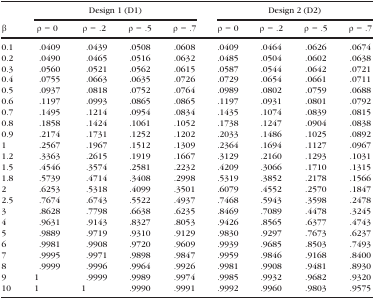
<table><thead><tr><td rowspan="2"><b>β</b></td><td colspan="4"><b>Design 1 (D1)</b></td><td colspan="4"><b>Design 2 (D2)</b></td></tr><tr><td><b>ρ = 0</b></td><td><b>ρ = .2</b></td><td><b>ρ = .5</b></td><td><b>ρ = .7</b></td><td><b>ρ = 0</b></td><td><b>ρ = .2</b></td><td><b>ρ = .5</b></td><td><b>ρ = .7</b></td></tr></thead><tbody><tr><td>0.1</td><td>.0409</td><td>.0439</td><td>.0508</td><td>.0608</td><td>.0409</td><td>.0464</td><td>.0626</td><td>.0674</td></tr><tr><td>0.2</td><td>.0490</td><td>.0465</td><td>.0516</td><td>.0632</td><td>.0485</td><td>.0504</td><td>.0602</td><td>.0638</td></tr><tr><td>0.3</td><td>.0560</td><td>.0521</td><td>.0562</td><td>.0615</td><td>.0587</td><td>.0544</td><td>.0642</td><td>.0721</td></tr><tr><td>0.4</td><td>.0755</td><td>.0663</td><td>.0635</td><td>.0726</td><td>.0729</td><td>.0654</td><td>.0661</td><td>.0711</td></tr><tr><td>0.5</td><td>.0937</td><td>.0818</td><td>.0752</td><td>.0764</td><td>.0989</td><td>.0802</td><td>.0759</td><td>.0688</td></tr><tr><td>0.6</td><td>.1197</td><td>.0993</td><td>.0865</td><td>.0865</td><td>.1197</td><td>.0931</td><td>.0801</td><td>.0792</td></tr><tr><td>0.7</td><td>.1495</td><td>.1214</td><td>.0954</td><td>.0834</td><td>.1435</td><td>.1074</td><td>.0839</td><td>.0815</td></tr><tr><td>0.8</td><td>.1858</td><td>.1424</td><td>.1061</td><td>.1052</td><td>.1738</td><td>.1247</td><td>.0904</td><td>.0838</td></tr><tr><td>0.9</td><td>.2174</td><td>.1731</td><td>.1252</td><td>.1202</td><td>.2033</td><td>.1486</td><td>.1025</td><td>.0892</td></tr><tr><td>1</td><td>.2567</td><td>.1967</td><td>.1512</td><td>.1309</td><td>.2364</td><td>.1694</td><td>.1127</td><td>.0967</td></tr><tr><td>1.2</td><td>.3363</td><td>.2615</td><td>.1919</td><td>.1667</td><td>.3129</td><td>.2160</td><td>.1293</td><td>.1031</td></tr><tr><td>1.5</td><td>.4546</td><td>.3574</td><td>.2581</td><td>.2232</td><td>.4209</td><td>.3066</td><td>.1710</td><td>.1315</td></tr><tr><td>1.8</td><td>.5739</td><td>.4714</td><td>.3408</td><td>.2998</td><td>.5319</td><td>.3852</td><td>.2178</td><td>.1566</td></tr><tr><td>2</td><td>.6253</td><td>.5318</td><td>.4099</td><td>.3501</td><td>.6079</td><td>.4552</td><td>.2570</td><td>.1847</td></tr><tr><td>2.5</td><td>.7674</td><td>.6743</td><td>.5522</td><td>.4937</td><td>.7468</td><td>.5943</td><td>.3598</td><td>.2478</td></tr><tr><td>3</td><td>.8628</td><td>.7798</td><td>.6638</td><td>.6235</td><td>.8469</td><td>.7089</td><td>.4478</td><td>.3245</td></tr><tr><td>4</td><td>.9631</td><td>.9143</td><td>.8327</td><td>.8053</td><td>.9426</td><td>.8565</td><td>.6377</td><td>.4743</td></tr><tr><td>5</td><td>.9889</td><td>.9719</td><td>.9310</td><td>.9129</td><td>.9830</td><td>.9297</td><td>.7673</td><td>.6237</td></tr><tr><td>6</td><td>.9981</td><td>.9908</td><td>.9720</td><td>.9609</td><td>.9939</td><td>.9685</td><td>.8503</td><td>.7493</td></tr><tr><td>7</td><td>.9995</td><td>.9971</td><td>.9898</td><td>.9847</td><td>.9959</td><td>.9846</td><td>.9168</td><td>.8400</td></tr><tr><td>8</td><td>.9999</td><td>.9996</td><td>.9964</td><td>.9926</td><td>.9981</td><td>.9908</td><td>.9481</td><td>.8930</td></tr><tr><td>9</td><td>1</td><td>.9999</td><td>.9989</td><td>.9974</td><td>.9985</td><td>.9932</td><td>.9682</td><td>.9320</td></tr><tr><td>10</td><td>1</td><td>1</td><td>.9990</td><td>.9991</td><td>.9992</td><td>.9960</td><td>.9803</td><td>.9575</td></tr></tbody></table>